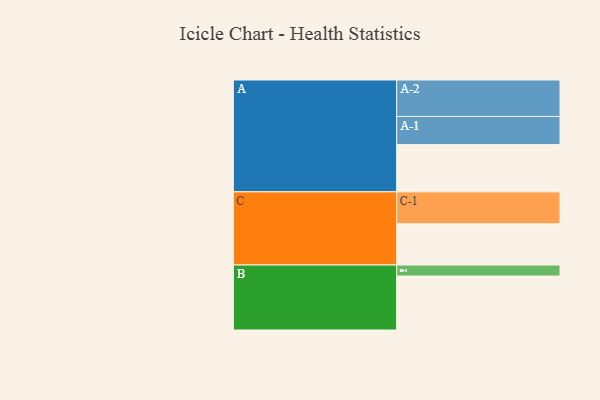
{"axis": {"x": "Segment", "y": "Value"}, "legend": ["", "A", "B", "C"], "data": [{"x": "A", "y": 386, "type": ""}, {"x": "B", "y": 441, "type": ""}, {"x": "C", "y": 337, "type": ""}, {"x": "A-1", "y": 230, "type": "A"}, {"x": "A-2", "y": 298, "type": "A"}, {"x": "B-1", "y": 90, "type": "B"}, {"x": "C-1", "y": 261, "type": "C"}]}